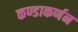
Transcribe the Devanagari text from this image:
कण्डाकर्णन